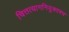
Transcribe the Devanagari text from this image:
चित्तत्यागनियुक्तश्च